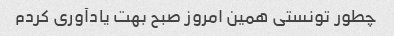
چطور تونستی همین امروز صبح بهت یادآوری کردم